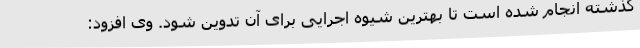
گذشته انجام شده است تا بهترین شیوه اجرایی برای آن تدوین شود. وی افزود: